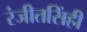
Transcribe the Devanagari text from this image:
रंजीतसिंही